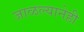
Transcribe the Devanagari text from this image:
जाळल्यानेही